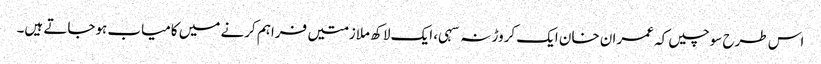
اس طرح سوچیں کہ عمران خان ایک کروڑ نہ سہی، ایک لاکھ ملازمتیں فراہم کرنے میں کامیاب ہوجاتے ہیں۔